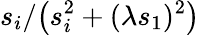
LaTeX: s_{i}/\bigl(s_{i}^{2}+(\lambda s_{1})^{2}\bigr)